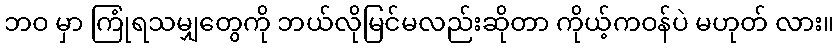
ဘဝ မှာ ကြုံရသမျှတွေကို ဘယ်လိုမြင်မလည်းဆိုတာ ကိုယ့်ကဝန်ပဲ မဟုတ် လား။